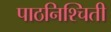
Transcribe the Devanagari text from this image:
पाठनिश्चिती